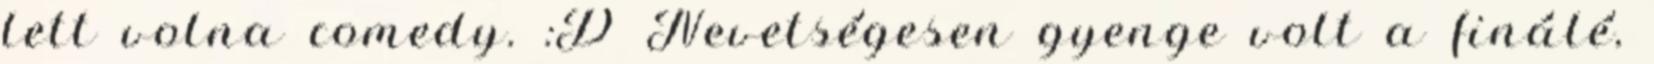
lett volna comedy. :D Nevetségesen gyenge volt a finálé,